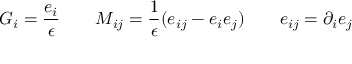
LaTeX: G _ { i } = \frac { e _ { i } } \epsilon \qquad M _ { i j } = \frac 1 \epsilon ( e _ { i j } - e _ { i } e _ { j } ) \qquad e _ { i j } = \partial _ { i } e _ { j }